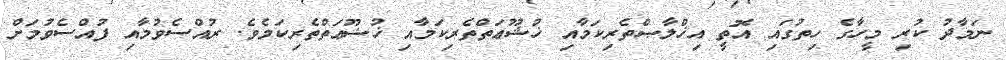
ނަމާދު ކުރި މީހާގެ ހިތުގައި އޮތީ އިޚްލާޞްތެރިކަމާއި ޚުޝޫޢަތްތެރިކަމާއި ޚުޟޫޢަތްތެރިކަމެވެ. ރުއްސެވުމާއި ފުއްސެވުމަށް